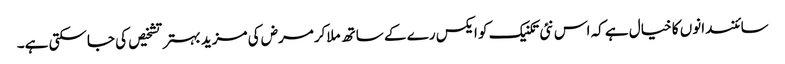
سائنسدانوں کا خیال ہے کہ اس نئی تکنیک کو ایکس رے کے ساتھ ملاکرمرض کی مزید بہتر تشخیص کی جاسکتی ہے۔